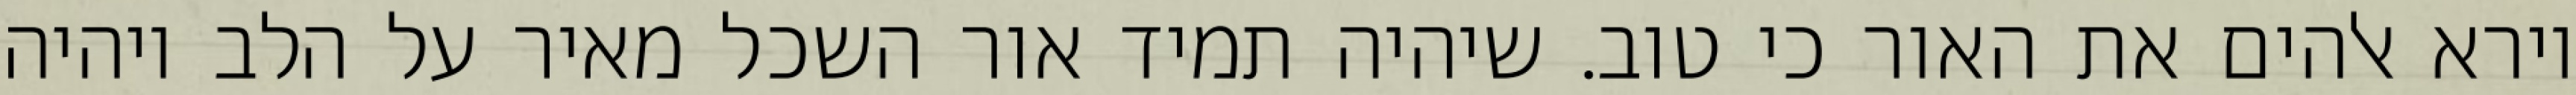
וירא אלהים את האור כי טוב. שיהיה תמיד אור השכל מאיר על הלב ויהיה